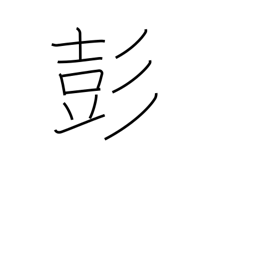
Meaning: sound of drum